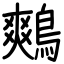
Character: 鷞